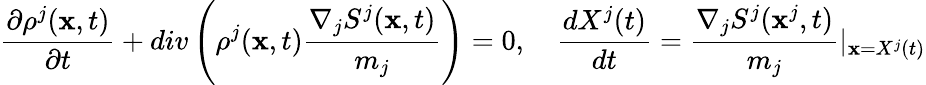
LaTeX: \frac{\partial\rho^{j}(\textbf{x},t)}{\partial t}+div\left(\rho^{j}(\textbf{x},t)\frac{\nabla_{j}S^{j}(\textbf{x},t)}{m_{j}}\right)=0,~~~~\frac{dX^{j}(t)}{dt}=\frac{\nabla_{j}S^{j}(\textbf{x}^{j},t)}{m_{j}}\vert_{\textbf{x}=X^{j}(t)}